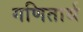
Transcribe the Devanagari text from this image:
गणितार्थ